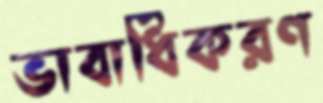
ভাবাধিকরণ